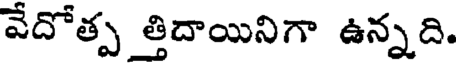
వేదోత్ప త్తిదాయినిగా ఉన్నది.